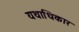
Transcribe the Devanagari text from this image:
यथाधिकार